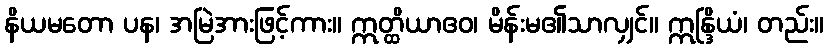
နိယမတော ပန၊ အမြဲအားဖြင့်ကား။ ဣတ္ထိယာဧဝ၊ မိန်းမ၏သာလျှင်။ ဣန္ဒြိယံ၊ တည်း။